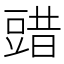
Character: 䜺